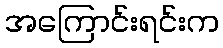
အကြောင်းရင်းက